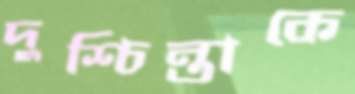
দুশ্চিন্তাকে